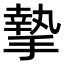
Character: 摯